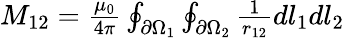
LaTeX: \begin{array}{r}{{M_{12}}=\frac{{{\mu_{0}}}}{{4\pi}}\oint_{\partial{\Omega_{1}}}{\oint_{\partial{\Omega_{2}}}{\frac{1}{{{r_{12}}}}d{l_{1}}d{l_{2}}}}}\end{array}